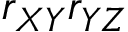
r _ { X Y } r _ { Y Z }